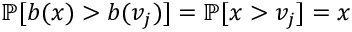
\mathbb { P } [ b ( x ) > b ( v _ { j } ) ] = \mathbb { P } [ x > v _ { j } ] = x